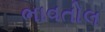
ભાવતોલ